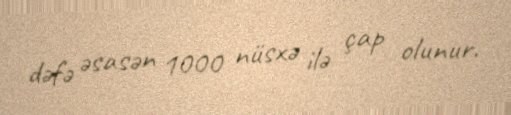
dəfə əsasən 1000 nüsxə ilə çap olunur.